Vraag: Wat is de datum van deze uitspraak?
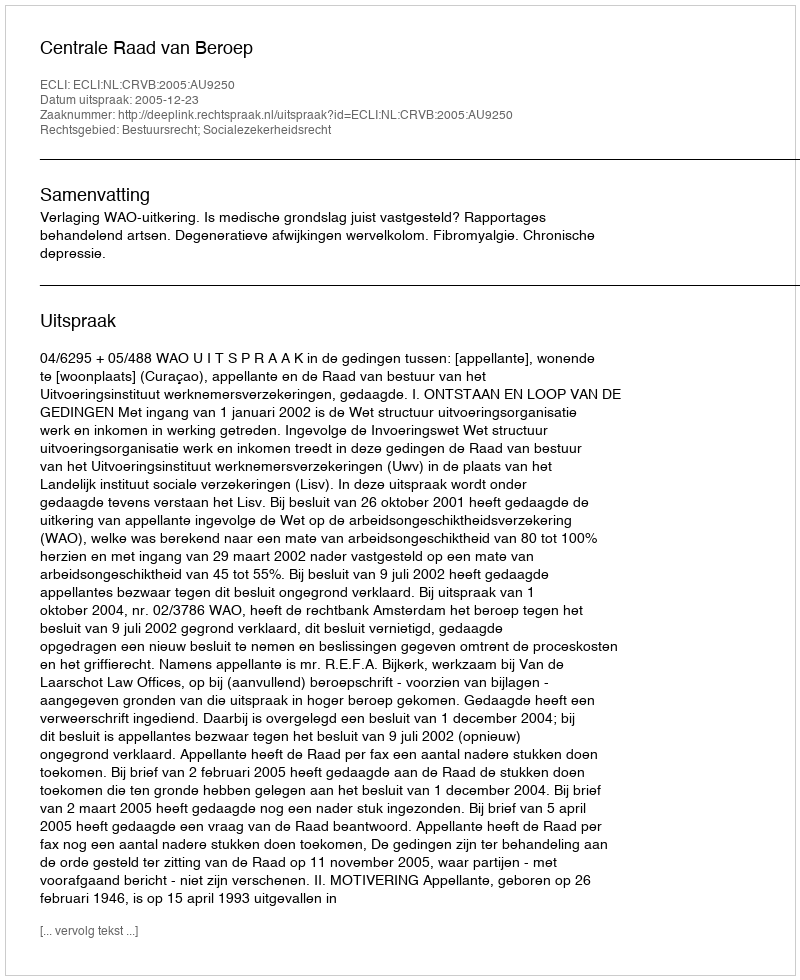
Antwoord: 2005-12-23